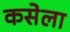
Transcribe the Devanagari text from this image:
कसेला